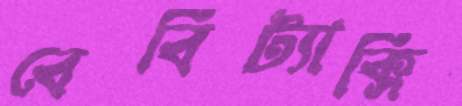
বেবিট্যাক্সি